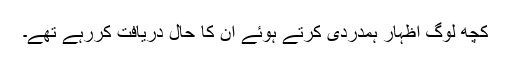
کچھ لوگ اظہار ہمدردی کرتے ہوئے ان کا حال دریافت کررہے تھے۔